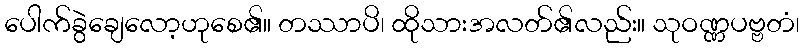
ပေါက်ခွဲချေလော့ဟုစေ၏။ တဿာပိ၊ ထိုသားအလတ်၏လည်း။ သုဝဏ္ဏပဗ္ဗတံ၊